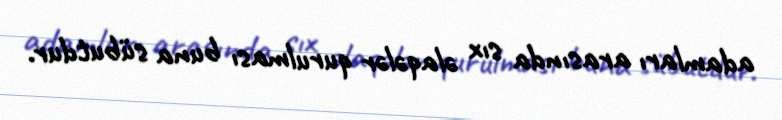
adamları arasında sıx əlaqələr qurulması buna sübutdur.